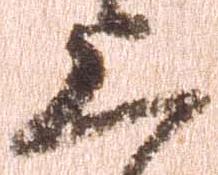
上